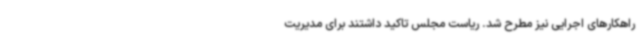
راهکارهای اجرایی نیز مطرح شد. ریاست مجلس تاکید داشتند برای مدیریت